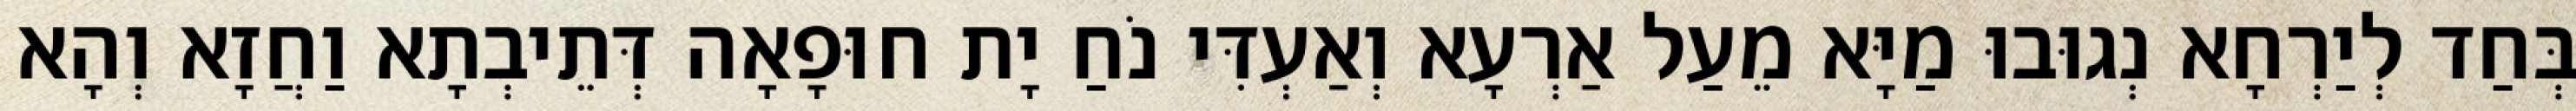
בְּחַד לְיַרְחָא נְגוּבוּ מַיָּא מֵעַל אַרְעָא וְאַעְדִּי נֹחַ יָת חוּפָאָה דְּתֵיבְתָא וַחֲזָא וְהָא